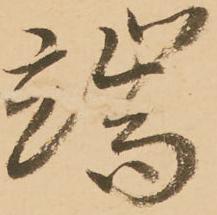
端